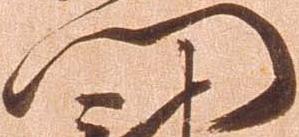
門